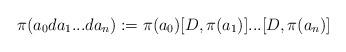
LaTeX: \begin{align*}\pi(a_0da_1...da_n):=\pi(a_0)[D,\pi(a_1)]...[D,\pi(a_n)]\end{align*}